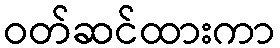
ဝတ်ဆင်ထားကာ